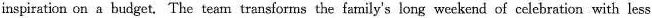
inspiration on a budget. The team transforms the family's long weekend of celebration with less